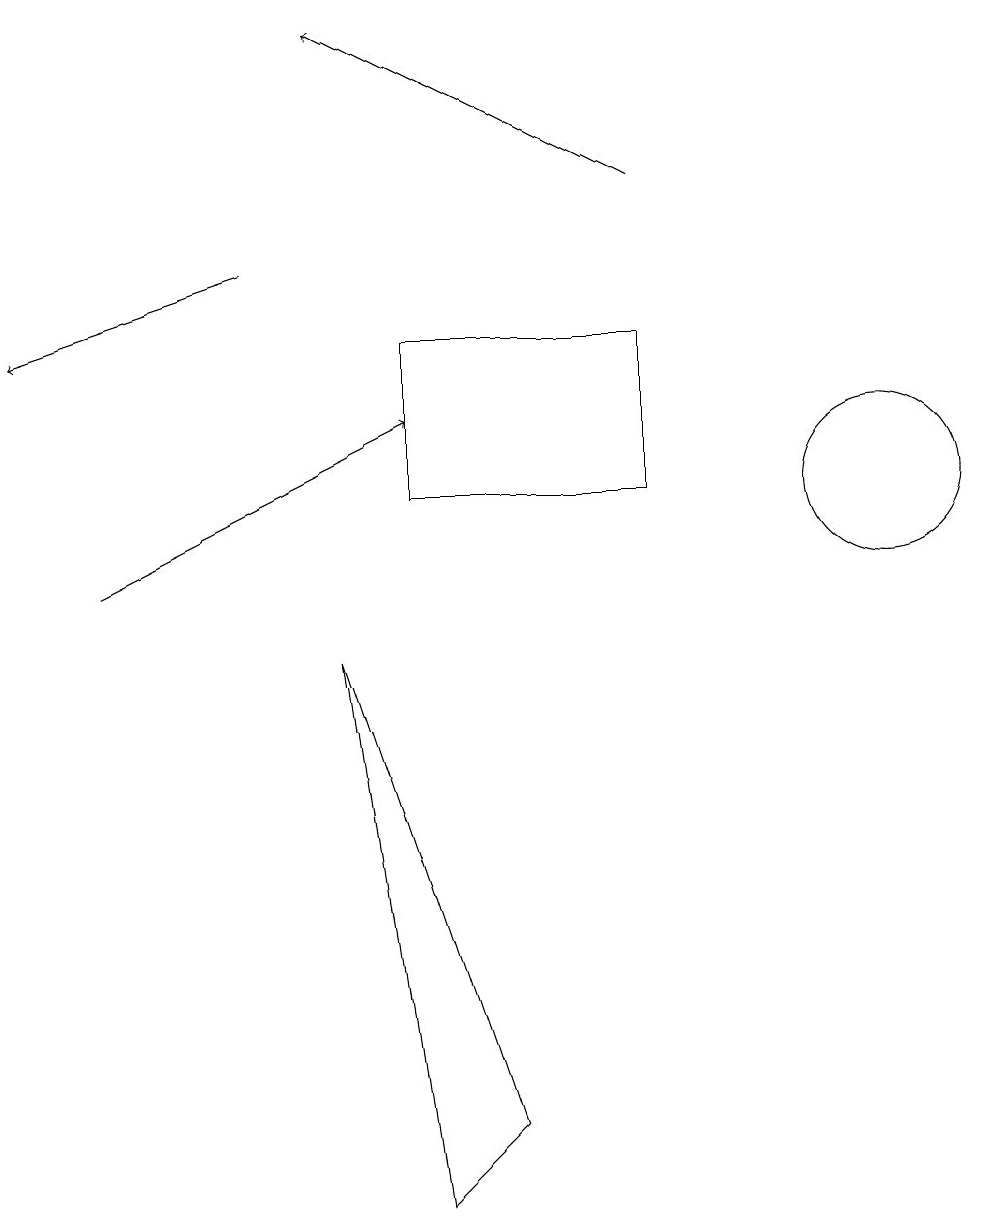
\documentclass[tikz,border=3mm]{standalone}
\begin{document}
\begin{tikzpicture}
\draw[->] (8,15) -- (4,17);
\draw[->] (3,14) -- (0,13);
\draw[->] (1,10) -- (5,12);
\draw (5,13) rectangle (8,11);
\draw (5,2) -- (4,9) -- (6,3) -- cycle;
\draw (11,11) circle (1);
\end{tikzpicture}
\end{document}